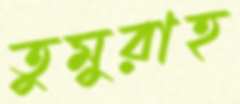
তুমুরাহ